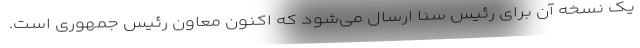
یک نسخه آن برای رئیس سنا ارسال می‌شود که اکنون معاون رئیس جمهوری است.